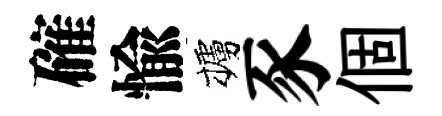
確愉櫨豕個